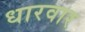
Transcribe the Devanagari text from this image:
धारवार